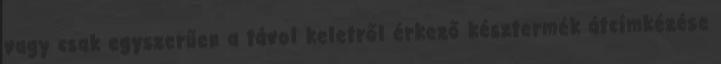
vagy csak egyszerűen a távol keletről érkező késztermék átcímkézése